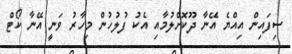
ސިފައިން އިއްޔެ އޭނާ ދޫކޮށްލުމާއި އެކު ފުލުހުން މިހާރު ވަނީ އޭނާ ކޯޓް